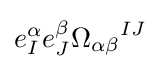
e_{I}^{\alpha }e_{J}^{\beta }{\Omega _{\alpha \beta }}^{IJ}